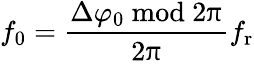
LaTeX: f_{0}=\frac{\Delta\varphi_{0}~\mathrm{mod}~2\uppi}{2\uppi}f_{\mathrm{r}}